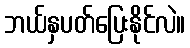
ဘယ်နှပတ်ပြေးနိုင်လဲ။